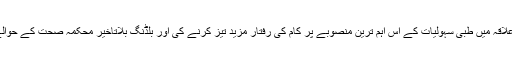
کمشنر گوجرانوالہ نے علاقہ میں طبی سہولیات کے اس اہم ترین منصوبے پر کام کی رفتار مزید تیز کرنے کی اور بلڈنگ بلاتاخیر محکمہ صحت کے حوالے کرنے کی ہدایت کی۔